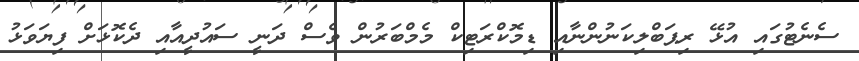
ސެނެޓުގައި އުޅޭ ރިޕަބްލިކަނުންނާއި ޑިމޮކްރަޓިކް މެމްބަރުން ވެސް ދަނީ ސައުދީއާއި ދެކޮޅަށް ފިޔަވަޅު